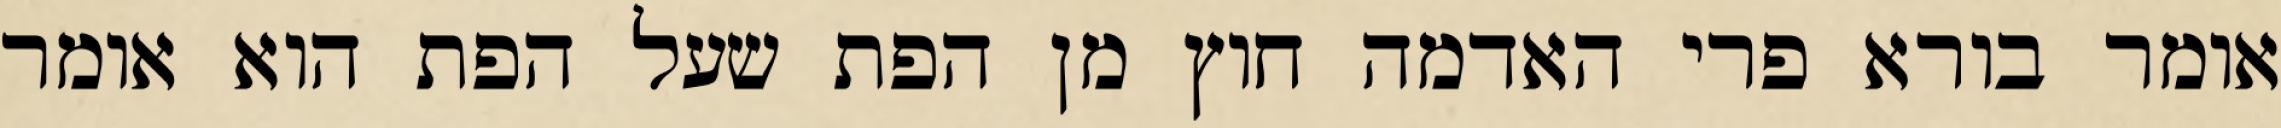
אומר בורא פרי האדמה חוץ מן הפת שעל הפת הוא אומר